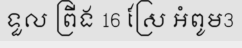
ទួល ព្រីង 16 ស្រែ អំពូម3